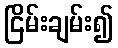
ငြိမ်းချမ်း၍